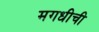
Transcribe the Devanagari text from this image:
मगधीची